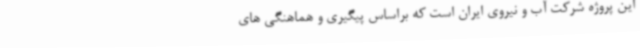
این پروژه شرکت آب و نیروی ایران است که براساس پیگیری و هماهنگی های